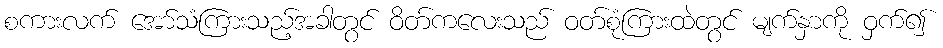
စကားလက် အော်သံကြားသည့်အခါတွင် ဝိတ်ကလေးသည် ဝတ်စုံကြားထဲတွင် မျက်နှာကို ဝှက်၍